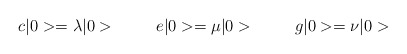
\begin{align*}c\vert 0 > = \lambda \vert 0 > \hskip 1cme\vert 0 > = \mu \vert0 > \hskip 1cm g \vert 0 > = \nu \vert 0 >\end{align*}